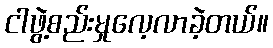
ငါဖွဲ့စည်းမှုလေ့လာခဲ့တယ်။